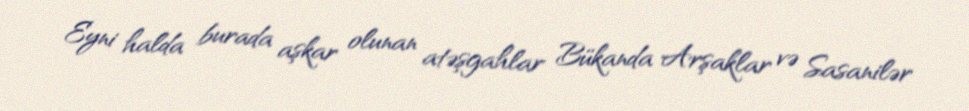
Eyni halda burada aşkar olunan atəşgahlar Bükanda Arşaklar və Sasanilər